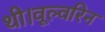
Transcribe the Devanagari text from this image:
थी।वूल्वरिन